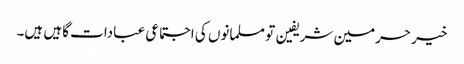
خیر حرمین شریفین تو مسلمانوں کی اجتماعی عبادات گاہیں ہیں۔